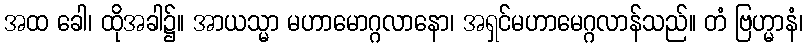
အထ ခေါ၊ ထိုအခါ၌။ အာယသ္မာ မဟာမောဂ္ဂလာနော၊ အရှင်မဟာမေဂ္ဂလာန်သည်။ တံ ဗြဟ္မာနံ၊